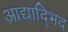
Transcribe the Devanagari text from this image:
आद्याद्भिद